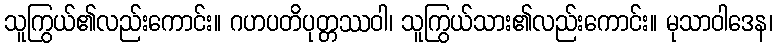
သူကြွယ်၏လည်းကောင်း။ ဂဟပတိပုတ္တဿဝါ၊ သူကြွယ်သား၏လည်းကောင်း။ မုသာဝါဒေန၊